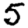
Digit: 5